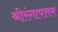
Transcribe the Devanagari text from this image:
श्रीरंगापत्तम